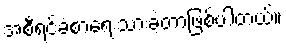
အစီရင်ခံစာရေးသားခဲ့တာဖြစ်ပါတယ်။